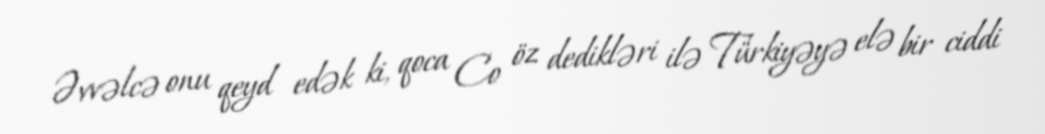
Əvvəlcə onu qeyd edək ki, qoca Co öz dedikləri ilə Türkiyəyə elə bir ciddi